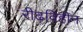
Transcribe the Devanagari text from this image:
रीढ़विहीन